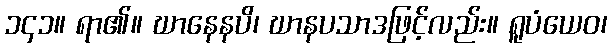
၁၄၁။ ရာ၏။ ဃာနေနပိ၊ ဃာနပသာဒဖြင့်လည်း။ ရူပံယေဝ၊